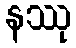
နဿု